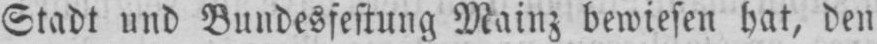
Stadt und Bundesfestung Mainz bewiesen hat, den